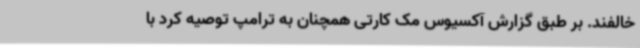
خالفند. بر طبق گزارش آکسیوس مک کارتی همچنان به ترامپ توصیه کرد با